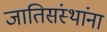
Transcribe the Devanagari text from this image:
जातिसंस्थांना